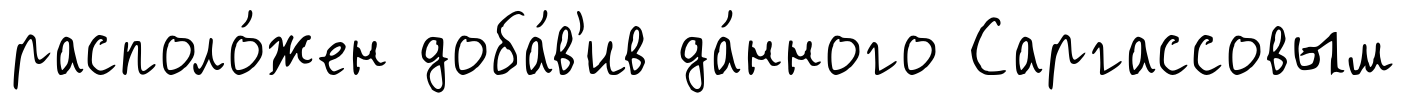
располо́жен доба́в'ив да́нного Саргассовым